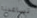
تساعدنا